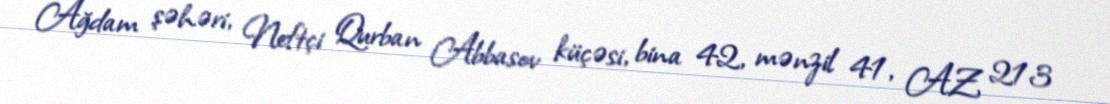
Ağdam şəhəri, Neftçi Qurban Abbasov küçəsi, bina 42, mənzil 41, AZ 213